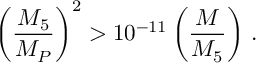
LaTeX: \left( \frac { M _ { 5 } } { M _ { P } } \right) ^ { 2 } > 1 0 ^ { - 1 1 } \left( \frac { M } { M _ { 5 } } \right) \, .